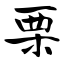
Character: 栗